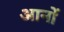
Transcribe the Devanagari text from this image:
आनों